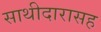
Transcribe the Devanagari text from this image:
साथीदारासह